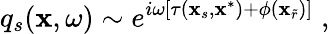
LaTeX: q_{s}(\mathbf{x},\omega)\sim e^{i\omega\left[\tau(\mathbf{x}_{s},\mathbf{x}^{*})+\phi(\mathbf{x}_{\widetilde{r}})\right]}\; ,